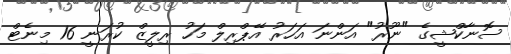
ސޮނާކްޝީގެ "ނޫރު" އަންނަ އަހަރު އޭޕްރިލް މަހު ރިލީޒް ކުރަނީ 16 މިނެޓް